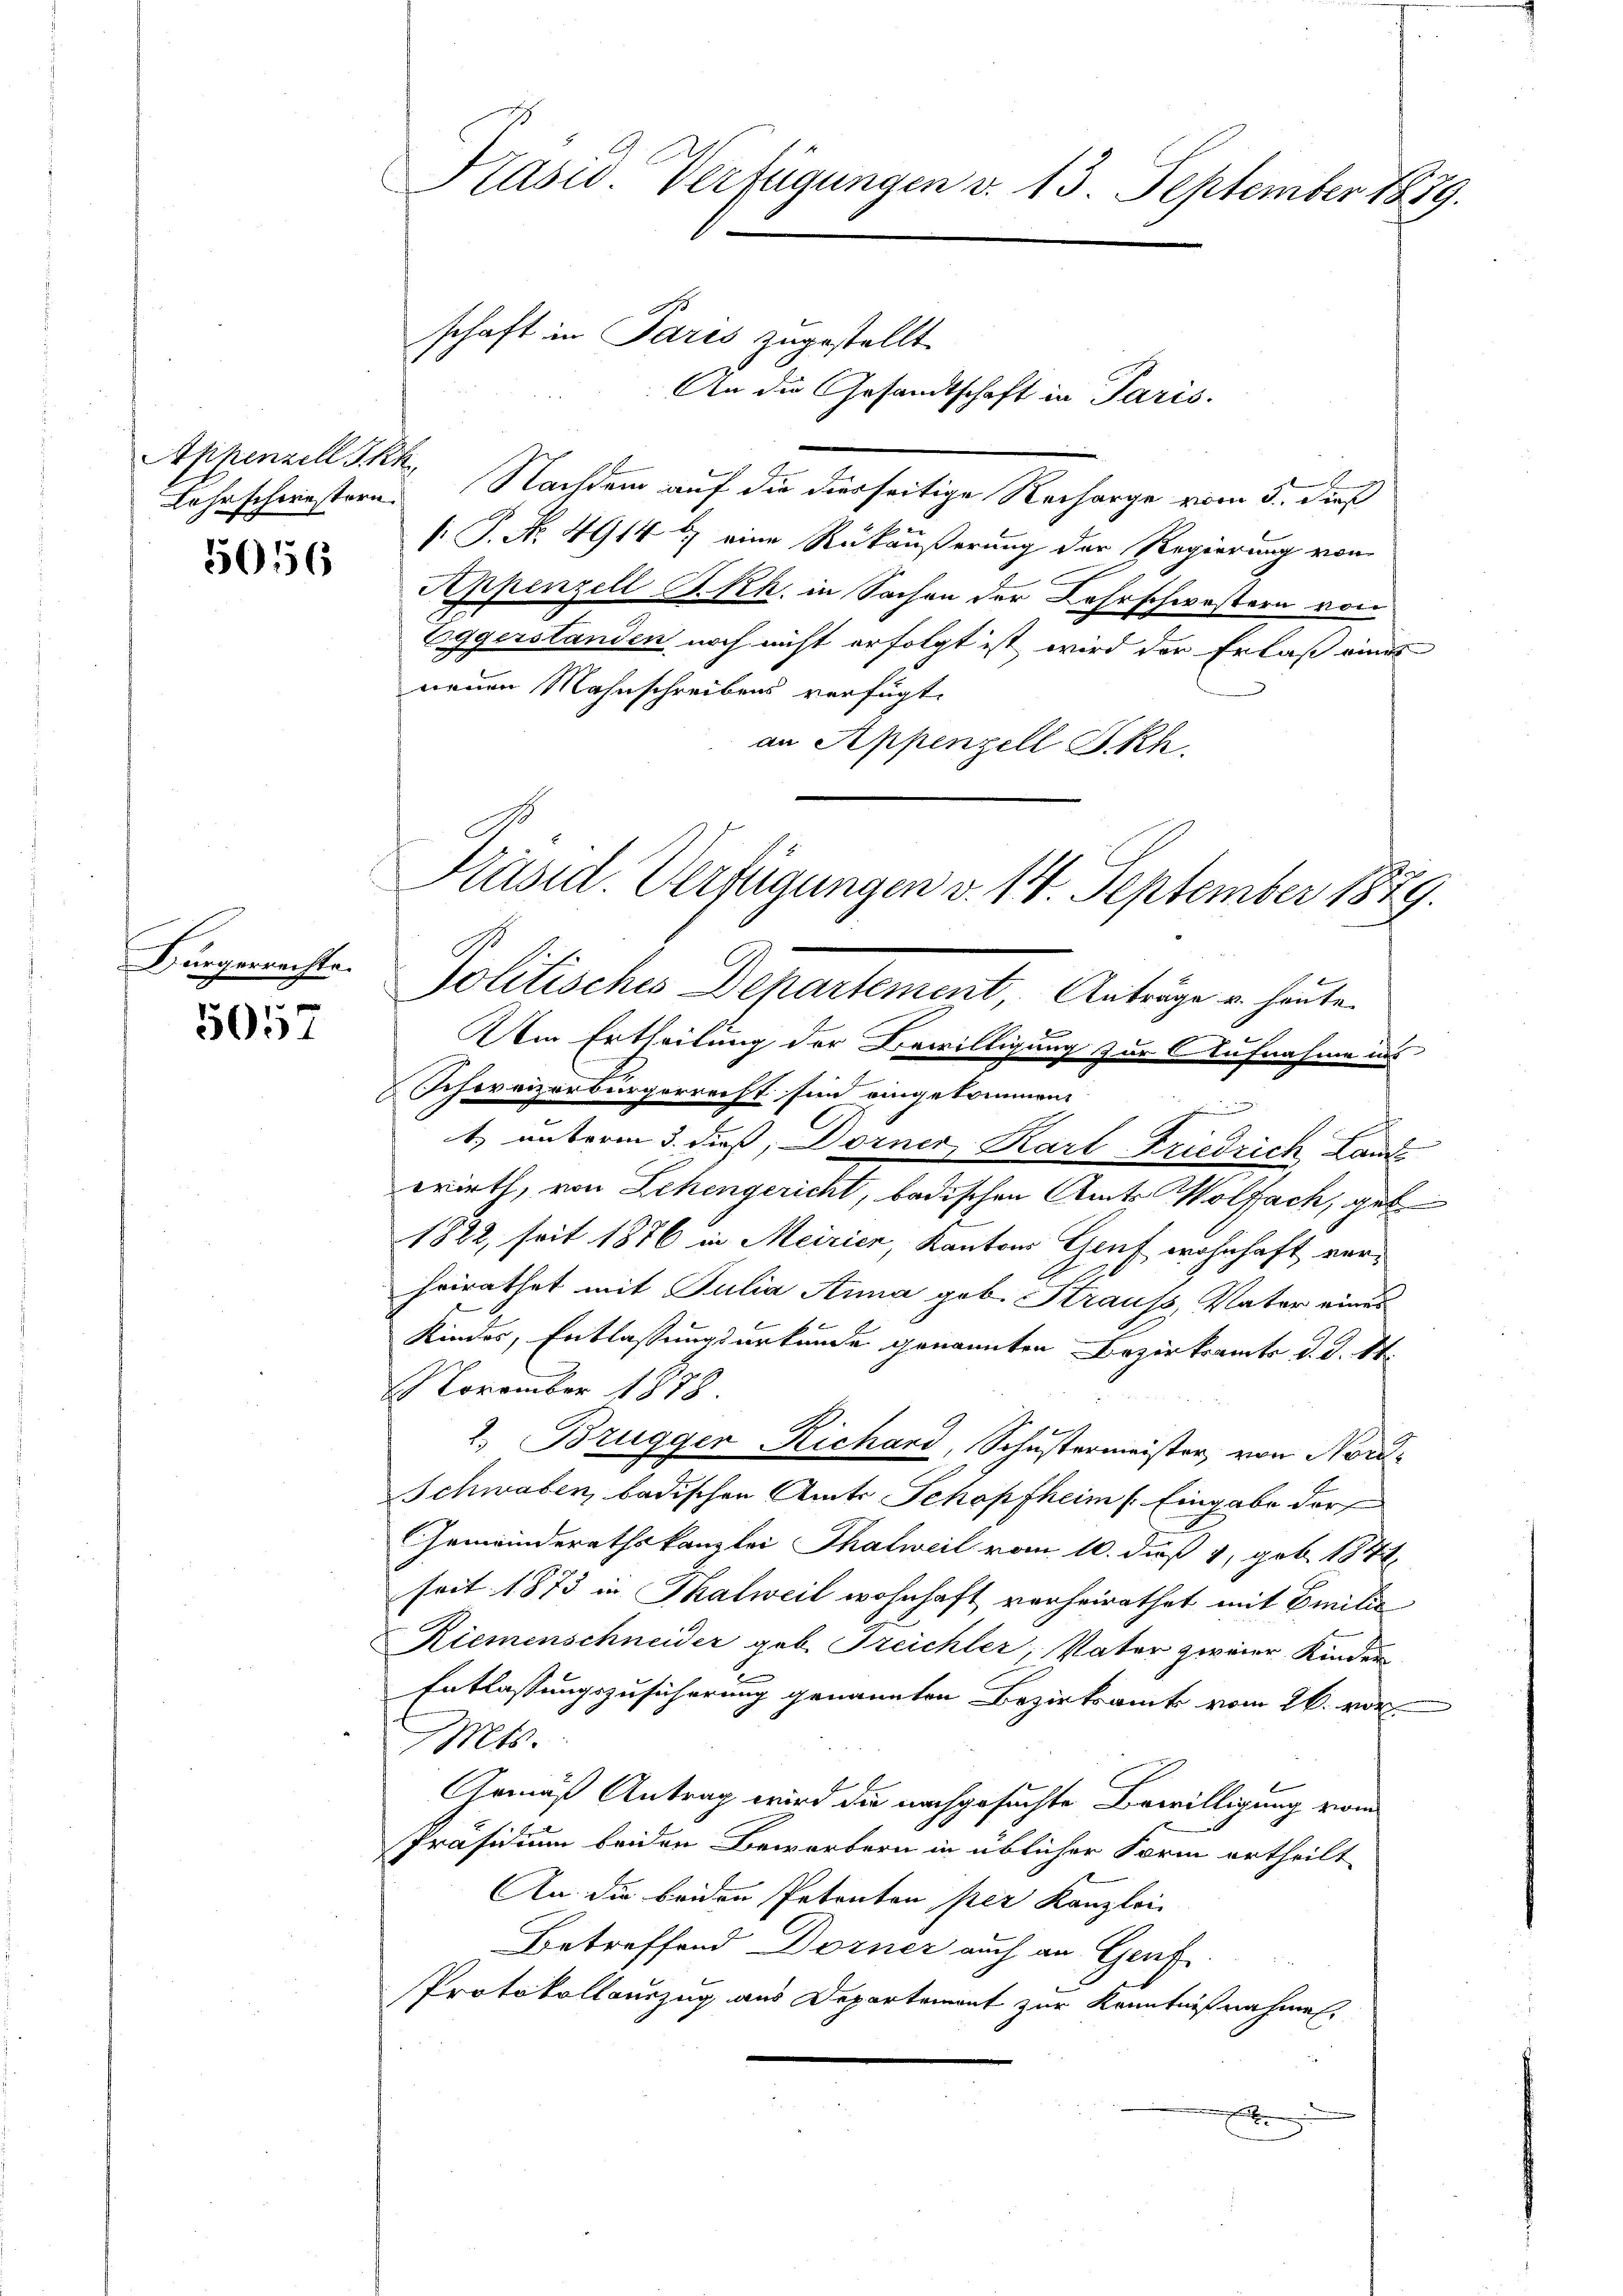
Lehrschwestern

5056

Bürgerrechts.

5057

Präsid. Verfügungen v. 13. September 1879.
schaft in Paris zugestellt.

An die Gesandtschaft in Paris.
Appenzell Stk. Nachdem auf die dierseitige Recharge vom 5. dieß
s: P. Nr. 4914 u. eine Rükäußerung der Regierung von
Seppenzell RRk. in Sachen der Lehrschwestern von
Eggerstanden noch nicht erfolgt ist wird der Erlaß eines
neuen Mahnschreibens verfügt:
an Appenzell Skh.
Präsid. Verfügungen v. 14. September 1879.

Politisches Departement, Anträge u. heute

f
2
.
Am Ertheilung der Bewilligung zur Aufnahme ins
Schoreizerbürgerreicht sin eingekommen.
1) unterm 3. dieß, Dorner Karl Friedrich Landwirth, von Lehengericht, badischen Amts Wolfach, geb
1822, seit 1876 in Meirier, Kantons Genf wohnhaft verheirathet mit Julia Anna geb. Strauss, Vater eines
Kindes, Entlassungsurkunde genannten Bezirksamts d. d. St.
November 1878
2. Bruggen Richard, Schustermeister, von Nord¬
Schwaben, badischen Amts Schopfheim (Eingabe der
Gemeinderathskanzlei Thalweil vom 10. daß 1, geb. 1872
seit 1873 in Thalweil wohnhaft verheirathet mit Emilie
Riemenschneider geb. Treichler, Vater zweier Kinder
Entlassungszusicherung genannten Bezirksamts vom 26. vor.
Mts.
Gemäß Antrag wird die nachgesuchte Bewilligung von
Präsidium beiden Bewerbern in üblicher Form ertheilt
An die beiden Petenten per Kanzlei-
Betreffend Dorner auch an Genf
Protokollauszug aus Departement zur Kenntnißnahmen.
x